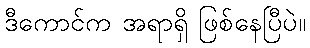
ဒီကောင်က အရာရှိ ဖြစ်နေပြီပဲ။